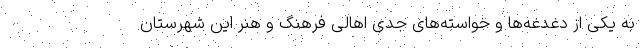
به یکی از دغدغه‌ها و خواسته‌های جدی اهالی فرهنگ و هنر این شهرستان